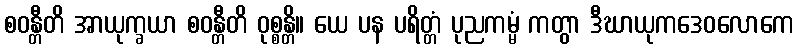
စဝန္တီတိ အာယုက္ခယာ စဝန္တီတိ ဝုစ္စန္တိ။ ယေ ပန ပရိတ္တံ ပုညကမ္မံ ကတွာ ဒီဃာယုကဒေဝလောကေ